Scottish Leaving Certificate Examination, 1961
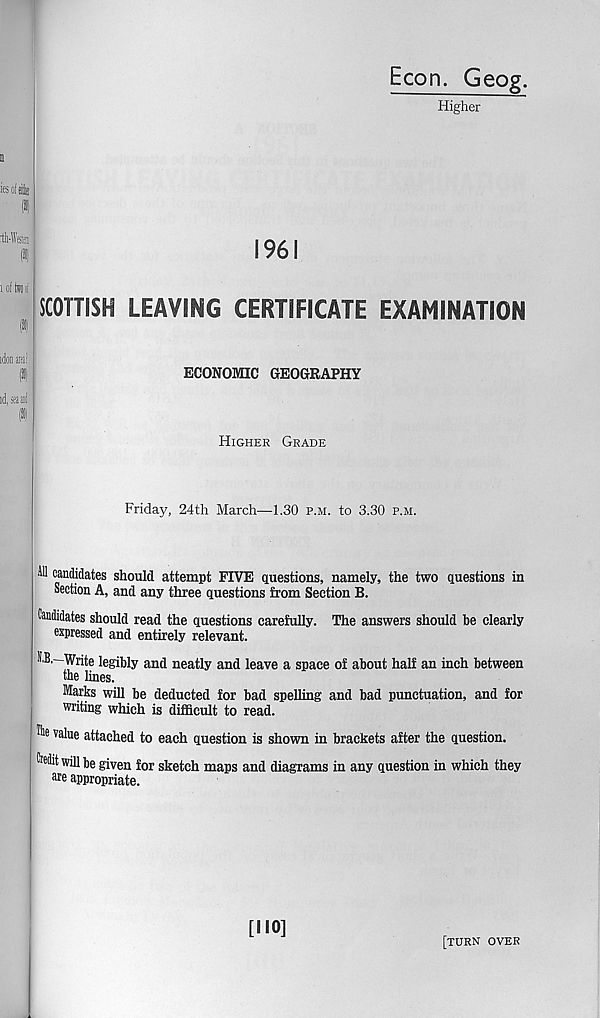
n
iesoieilk
(8)
rth-Wfita
Econ. Geog.
Higher
idea aia!
(»)
id, BE
1961
SCOTTISH LEAVING CERTIFICATE EXAMINATION
ECONOMIC GEOGRAPHY
Higher Grade
Friday, 24th March—1.30 p.m. to 3.30 p.m.
MI candidates should attempt FIVE questions, namely, the two questions in
Section A, and any three questions from Section B.
Candidates should read the questions carefully. The answers should be clearly
expressed and entirely relevant.
8.B,—Write legibly and neatly and leave a space of about half an inch between
the lines.
Marks will be deducted for bad spelling and bad punctuation, and for
writing which is difficult to read.
value attached to each question is shown in brackets after the question.
Credit will be given for sketch maps and diagrams in any question in which they
are appropriate.
[NO]
[turn over